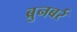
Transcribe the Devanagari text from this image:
ब्रुनबर्र